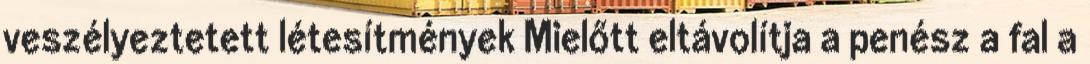
veszélyeztetett létesítmények Mielőtt eltávolítja a penész a fal a